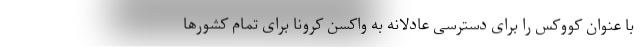
با عنوان کووکس را برای دسترسی عادلانه به واکسن کرونا برای تمام کشورها